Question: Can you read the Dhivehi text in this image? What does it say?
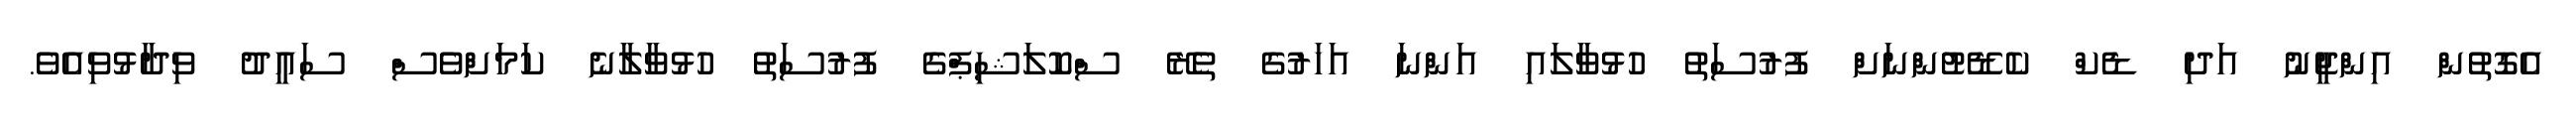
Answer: އެގޮތުން އިންޖީނު އަދި ޑެކް ކެޑޭޓުންނަށް ފުރުސަތު ހުޅުވާލައި އަންނަ އަހަރުގެ ތެރޭ ސްކޮލަޝިޕްގެ ފުރުސަތު ހުޅުވާލާނެ ކަމަށްވެސް ސައީދު ވިދާޅުވިއެވެ.